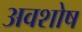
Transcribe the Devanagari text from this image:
अवशोष